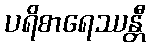
ပရိစာရေဿန္တီ